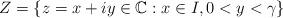
LaTeX: \begin{align*}Z = \{z = x+ iy \in \mathbb{C} : x \in I, 0 < y < \gamma \}\end{align*}